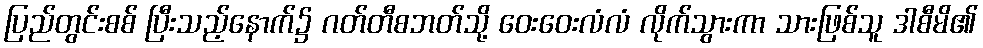
ပြည်တွင်းစစ် ပြီးသည့်နောက်၌ ဂတ်တီစဘတ်သို့ ဝေးဝေးလံလံ လိုက်သွားကာ သားဖြစ်သူ ဒါစီမိ၏